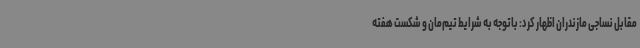
مقابل نساجی مازندران اظهار کرد: باتوجه به شرایط تیم‌مان و شکست هفته